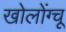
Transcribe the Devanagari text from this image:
खोलोंग्चू